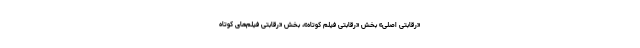
«رقابتی اصلی» بخش «رقابتی فیلم کوتاه»، بخش «رقابتی فیلم‌های کوتاه